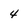
Character: 4